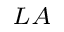
_ { L A }